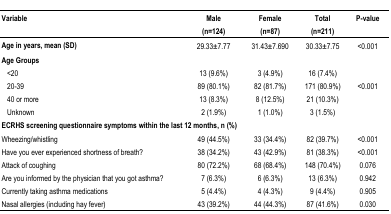
<table><thead><tr><td><b>Variable</b></td><td><b>Male (n=124)</b></td><td><b>Female (n=87)</b></td><td><b>Total (n=211)</b></td><td><b>P-value</b></td></tr></thead><tbody><tr><td><b>Age in years, mean (SD)</b></td><td>29.33±7.77</td><td>31.43±7.690</td><td>30.33±7.75</td><td>&lt;0.001</td></tr><tr><td><b>Age Groups</b></td><td></td><td></td><td></td><td></td></tr><tr><td>&lt;20</td><td>13 (9.6%)</td><td>3 (4.9%)</td><td>16 (7.4%)</td><td></td></tr><tr><td>20–39</td><td>89 (80.1%)</td><td>82 (81.7%)</td><td>171 (80.9%)</td><td>&lt;0.001</td></tr><tr><td>40 or more</td><td>13 (8.3%)</td><td>8 (12.5%)</td><td>21 (10.3%)</td><td></td></tr><tr><td>Unknown</td><td>2 (1.9%)</td><td>1 (1.0%)</td><td>3 (1.5%)</td><td></td></tr><tr><td colspan="5"><b>ECRHS screening questionnaire symptoms within the last 12 months, n (%)</b></td><td></td><td></td><td></td></tr><tr><td>Wheezing/whistling</td><td>49 (44.5%)</td><td>33 (34.4%)</td><td>82 (39.7%)</td><td>&lt;0.001</td></tr><tr><td>Have you ever experienced shortness of breath?</td><td>38 (34.2%)</td><td>43 (42.9%)</td><td>81 (38.3%)</td><td>&lt;0.001</td></tr><tr><td>Attack of coughing</td><td>80 (72.2%)</td><td>68 (68.4%)</td><td>148 (70.4%)</td><td>0.076</td></tr><tr><td>Are you informed by the physician that you got asthma?</td><td>7 (6.3%)</td><td>6 (6.3%)</td><td>13 (6.3%)</td><td>0.942</td></tr><tr><td>Currently taking asthma medications</td><td>5 (4.4%)</td><td>4 (4.3%)</td><td>9 (4.4%)</td><td>0.905</td></tr><tr><td>Nasal allergies (including hay fever)</td><td>43 (39.2%)</td><td>44 (44.3%)</td><td>87 (41.6%)</td><td>0.030</td></tr></tbody></table>